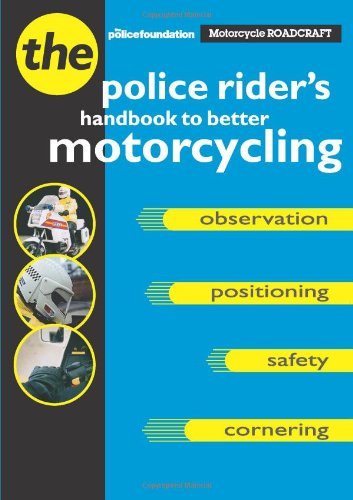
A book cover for Motorcycle Roadcraft: The Police Rider's Guide to Better Motorcycling; Phillip Coyne; Test Preparation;